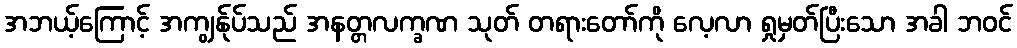
အဘယ့်ကြောင့် အကျွန်ုပ်သည် အနတ္တလက္ခဏ သုတ် တရားတော်ကို လေ့လာ ရှုမှတ်ပြီးသော အခါ ဘဝင်